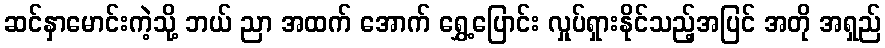
ဆင်နှာမောင်းကဲ့သို့ ဘယ် ညာ အထက် အောက် ရွှေ့ပြောင်း လှုပ်ရှားနိုင်သည့်အပြင် အတို အရှည်